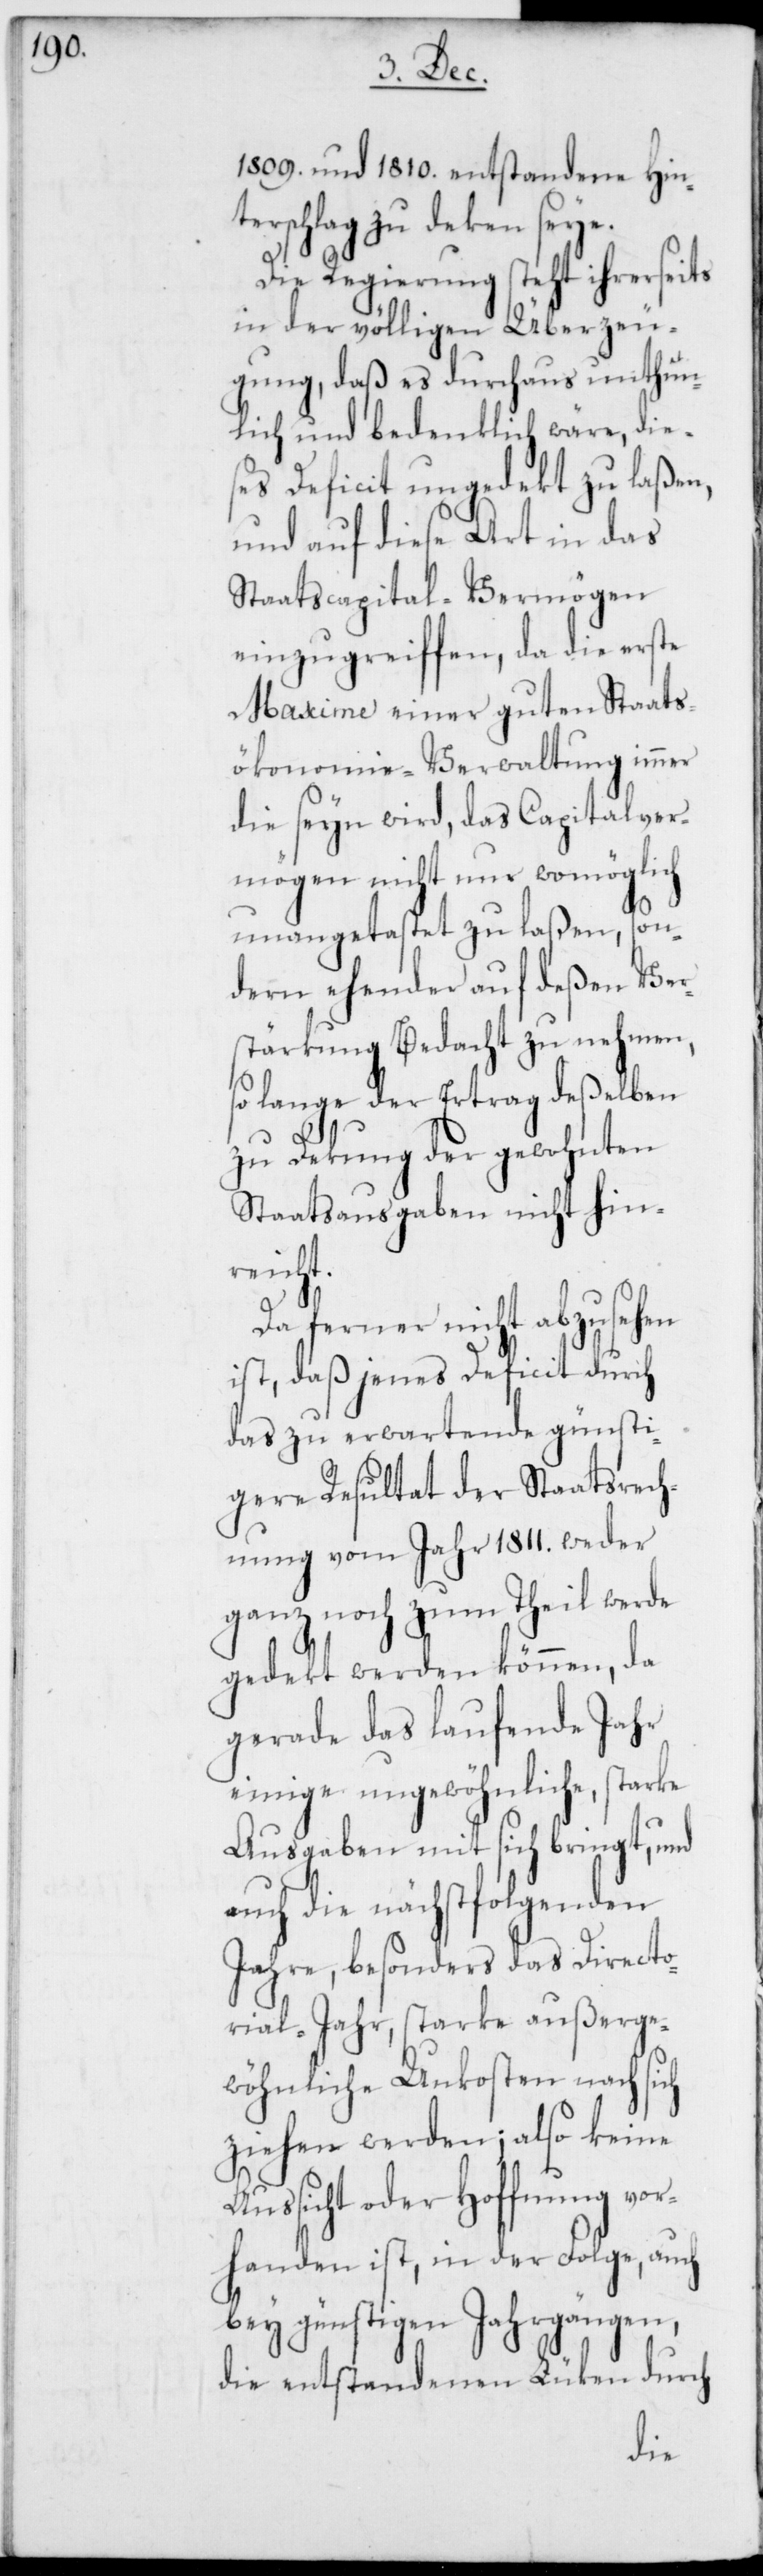
1809. und 1810. entstandene Hin¬
terschlag zu deken seye.
Die Regierung steht ihrerseits
in der völligen Überzeu¬
gung, daß es durchaus unthun¬
lich und bedenklich wäre, die¬
ses Deficit ungedekt zu laßen,
und auf diese Art in das
Staatscapital-Vermögen
einzugreiffen, da die erste
Maxime einer guten Staats¬
ökonomie-Verwaltung immer
die seyn wird, das Capitalver¬
mögen nicht nur womöglich
unangetastet zu laßen, son¬
dern ehender auf deßen Ver¬
stärkung Bedacht zu nehmen,
so lange der Ertrag deßelben
zu Dekung der gewohnten
Staatsausgaben nicht hin¬
reicht.
Da ferner nicht abzusehen
ist, daß jenes Deficit durch
das zu erwartende günsti¬
gere Resultat der Staatsrech¬
nung vom Jahr 1811. weder
ganz noch zum Theil werde
gedekt werden können, da
gerade das laufende Jahr
einige ungewöhnliche, starke
Ausgaben mit sich bringt, und
auch die nächstfolgenden
Jahre, besonders das Directo¬
rial-Jahr, starke außerge¬
wöhnliche Unkosten nach sich
ziehen werden; also keine
Aussicht oder Hoffnung vor¬
handen ist, in der Folge, auch
bey günstigen Jahrgängen,
die entstandenen Lüken durch